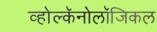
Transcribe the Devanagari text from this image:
व्होल्कॅनोलॉजिकल